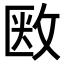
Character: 𢽇